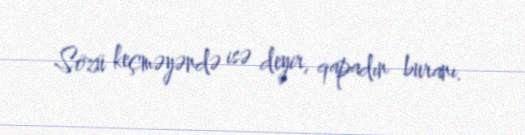
Sözü keçməyəndə isə deyir, qapadın buranı.